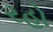
રહો